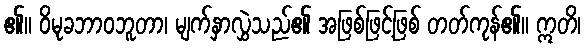
၏။ ဝိမုခဘာဝဘူတာ၊ မျက်နှာလွှဲသည်၏ အဖြစ်ဖြင့်ဖြစ် တတ်ကုန်၏။ ဣတိ၊